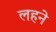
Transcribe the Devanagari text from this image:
लहने